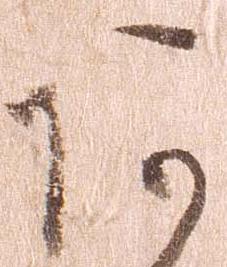
あ